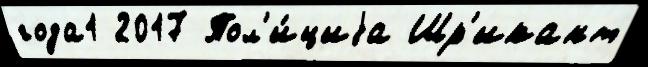
года1 2017 Пол'и́циjа Шр'икант